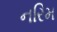
નરિમ